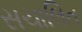
સચાલિત